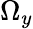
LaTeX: \Omega_{y}